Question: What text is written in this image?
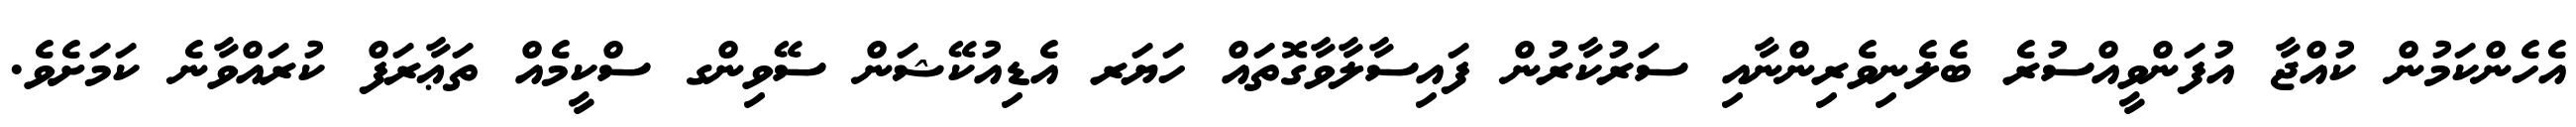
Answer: އެހެންކަމުން ކުއްޖާ އުފަންވީއްސުރެ ބެލެނިވެރިންނާއި ސަރުކާރުން ފައިސާލާވާގޮތައް ހަޔަރ އެޑިއުކޭޝަން ސޭވިންގ ސްކީމެއް ތަޢާރަފް ކުރައްވާނެ ކަމަށެވެ.